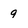
Character: 9